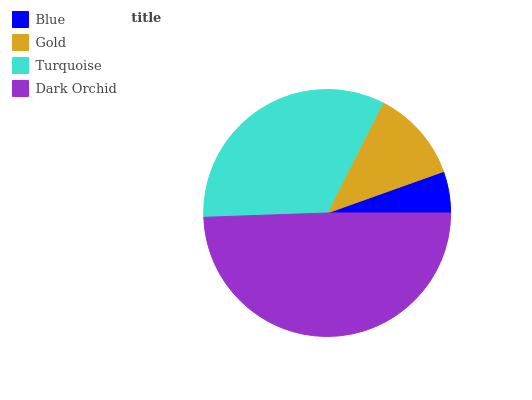
| Blue | Gold | Turquoise | Dark Orchid |
 | --- | --- | --- | --- |
 | 5.44% | 12.1% | 33% | 49.5% |